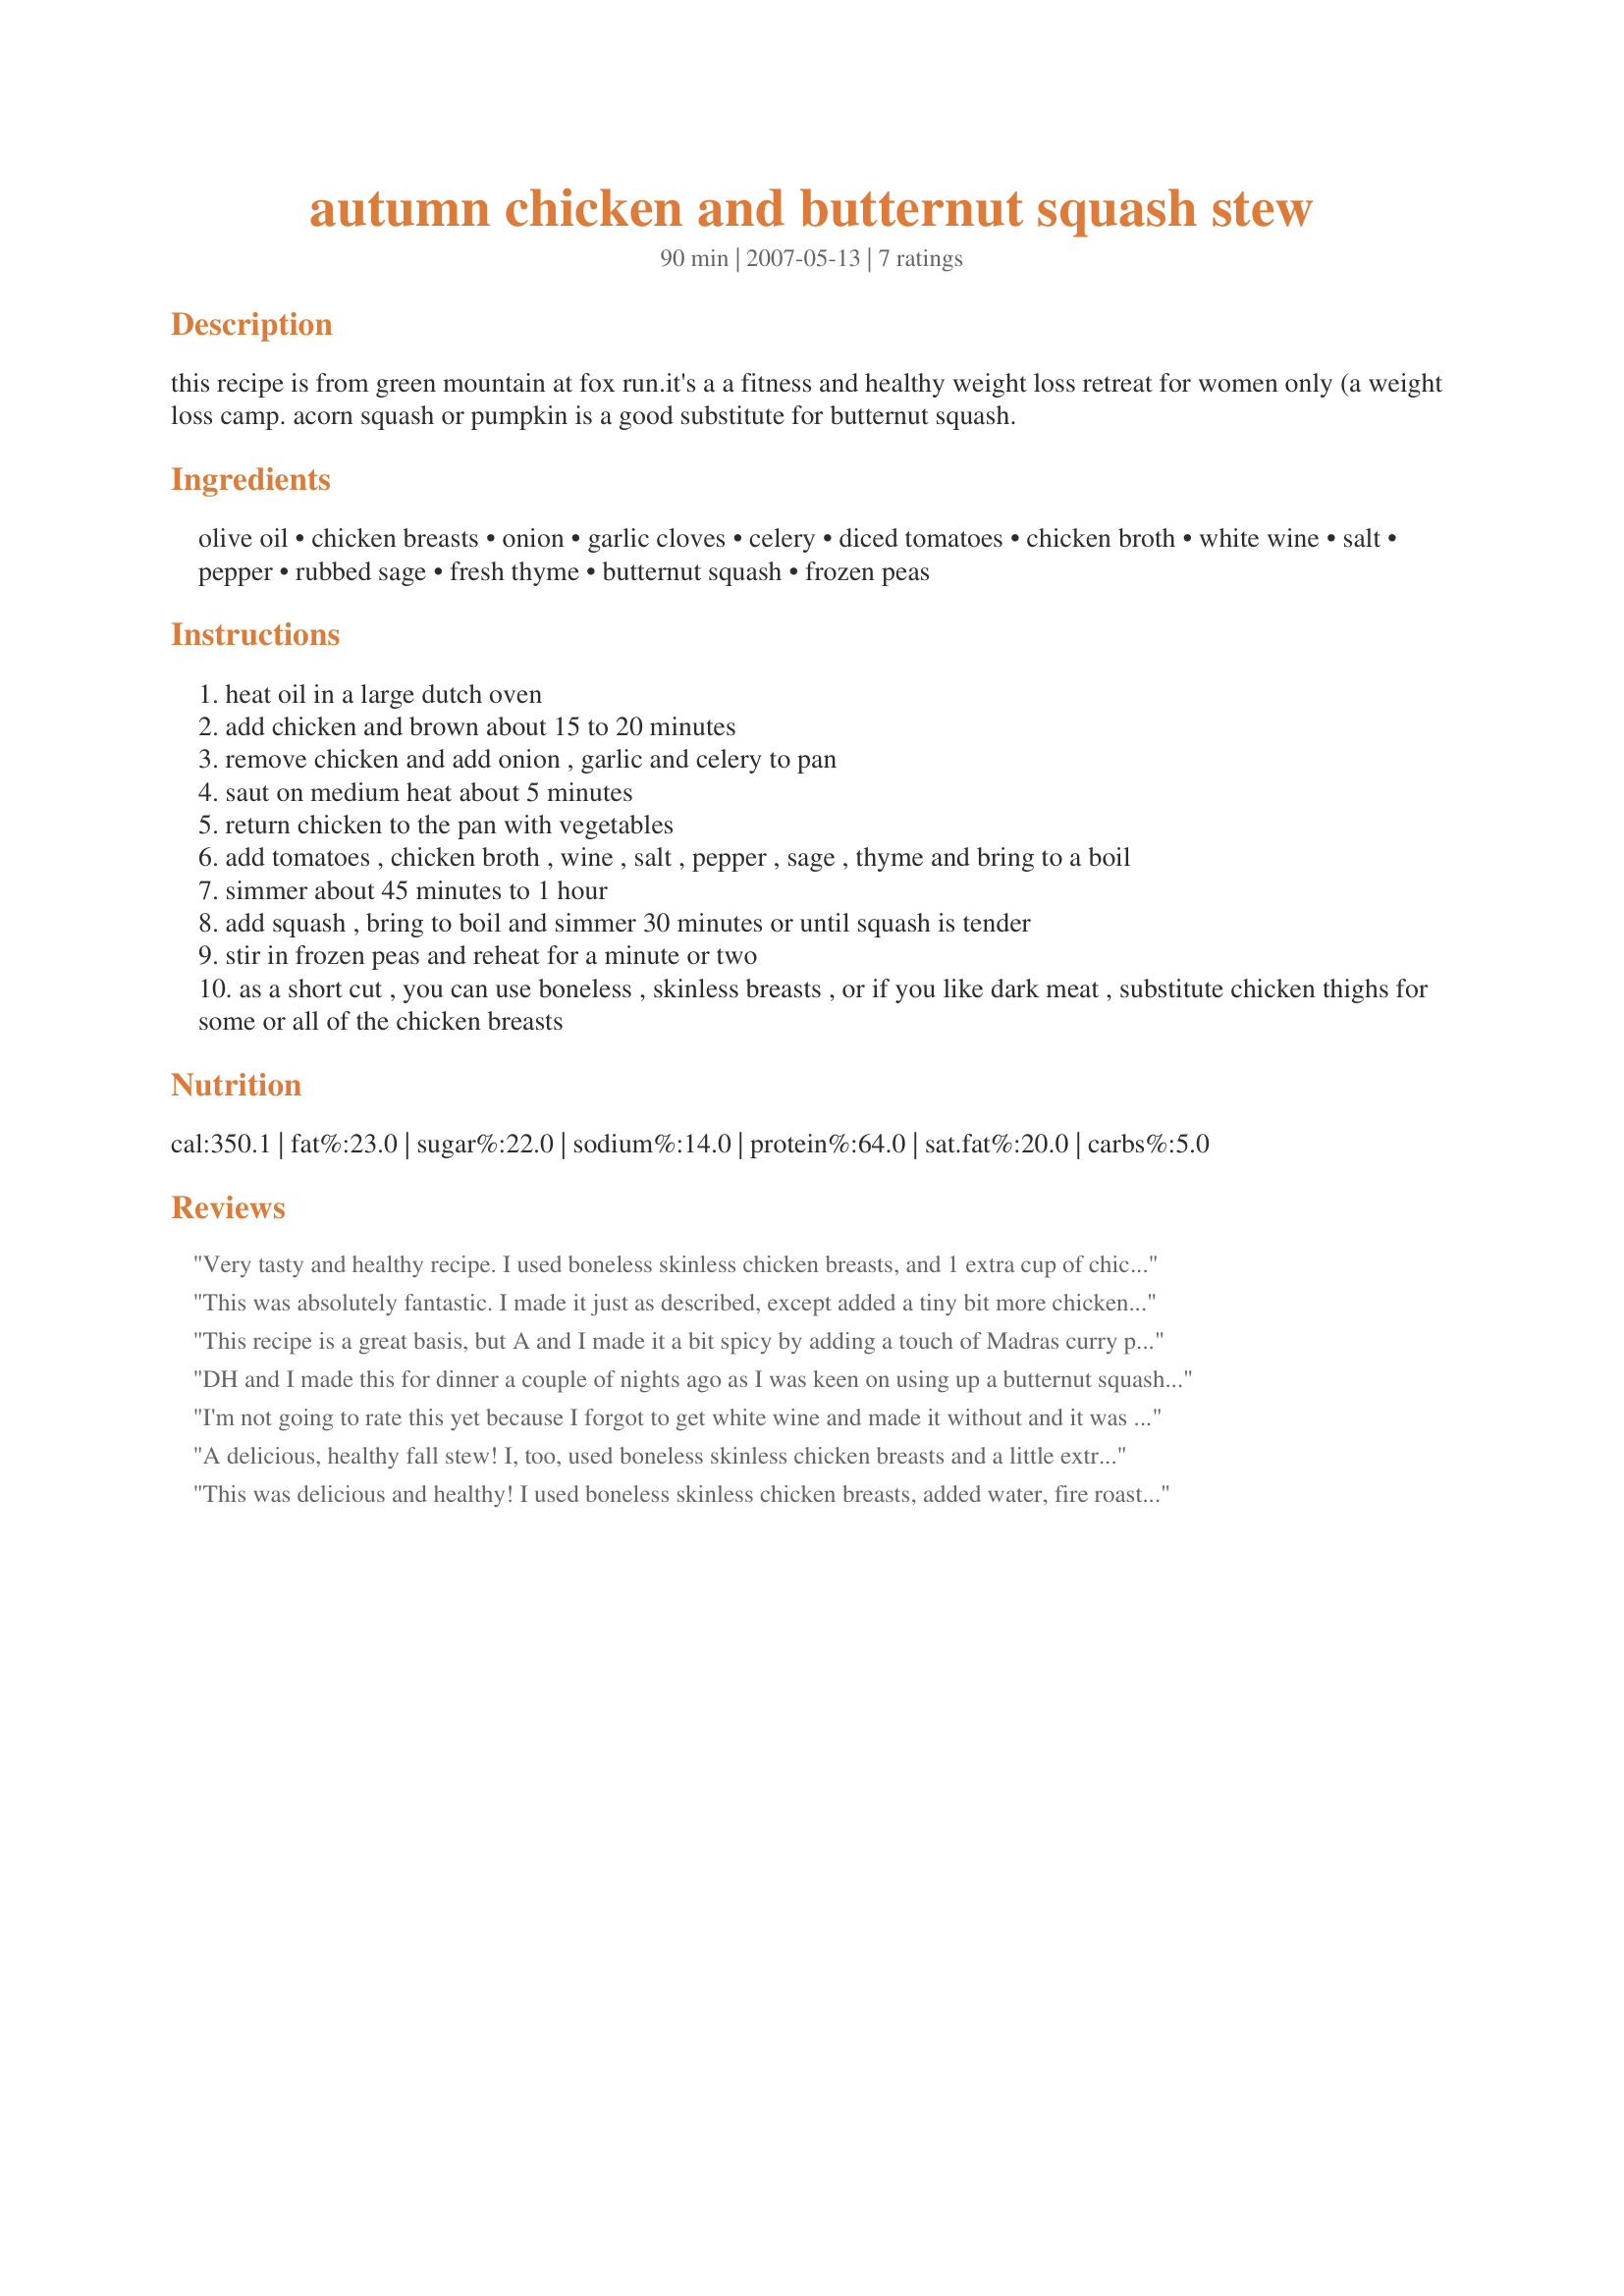
autumn chicken and butternut squash stew
Preparation time: 90 minutes

this recipe is from green mountain at fox run.it's a a fitness and healthy weight loss retreat for women only (a weight loss camp.
acorn squash or pumpkin is a good substitute for butternut squash.

Ingredients:
olive oil, chicken breasts, onion, garlic cloves, celery, diced tomatoes, chicken broth, white wine, salt, pepper, rubbed sage, fresh thyme, butternut squash, frozen peas

Steps:
heat oil in a large dutch oven
add chicken and brown about 15 to 20 minutes
remove chicken and add onion , garlic and celery to pan
saut on medium heat about 5 minutes
return chicken to the pan with vegetables
add tomatoes , chicken broth , wine , salt , pepper , sage , thyme and bring to a boil
simmer about 45 minutes to 1 hour
add squash , bring to boil and simmer 30 minutes or until squash is tender
stir in frozen peas and reheat for a minute or two
as a short cut , you can use boneless , skinless breasts , or if you like dark meat , substitute chicken thighs for some or all of the chicken breasts

Reviews:
Very tasty and healthy recipe. I used boneless skinless chicken breasts, and 1 extra cup of chicken broth. Thanks queen!
This was absolutely fantastic. I made it just as described, except added a tiny bit more chicken broth and wine. It was AMAZING. This is an incredible meal. Thank you for posting this recipe it is simply delicious. If you want a hearty soup/stew, make this. YOU WILL NOT REGRET IT!!!!
This recipe is a great basis, but A and I made it a bit spicy by adding a touch of Madras curry powder, cumin, paprika, and chilli (and some bay leaves). We then finished it off with a dollop of yoghurt and feta, and it was fab!
DH and I made this for dinner a couple of nights ago as I was keen on using up a butternut squash. We liked the dish, but thought it to be a little bland for our tastes. We generously poured grated parmesan all over the stew, which helped considerably, but wasnt that healthy calorie-wise. The stew was certainly hearty and easy to prepare. Thanks!
I'm not going to rate this yet because I forgot to get white wine and made it without and it was pretty bland. I really think it needs the wine to shine and will try again with the key ingredient and post a rating then.
A delicious, healthy fall stew! I, too, used boneless skinless chicken breasts and a little extra broth. I also used hard apple cider instead of the wine. Turned out great!
This was delicious and healthy! I used boneless skinless chicken breasts, added water, fire roasted diced tomatoes, white vermouth instead of the wine and some chopped kale instead of the peas. Yum.
